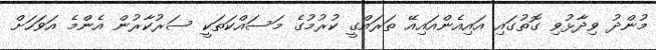
މުންދު ވިދާޅުވި ގޮތުގައި އައިއެންއައިއޭ ތަރައްގީ ކުރުމުގެ މަސައްކަތަކީ ސަރުކާރުން އެންމެ އަވަހަށް